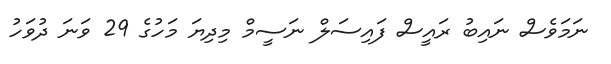
ނަމަވެސް ނައިބު ރައީސް ފައިސަލް ނަސީމް މިދިޔަ މަހުގެ 29 ވަނަ ދުވަހު